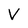
Character: V